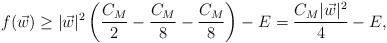
LaTeX: \begin{align*} f(\vec{w}) \ge |\vec{w}|^2 \left( \frac{C_M}{2} -\frac{C_M}{8} - \frac{C_M}{8} \right) - E = \frac{C_M|\vec{w}|^2}{4} -E, \end{align*}